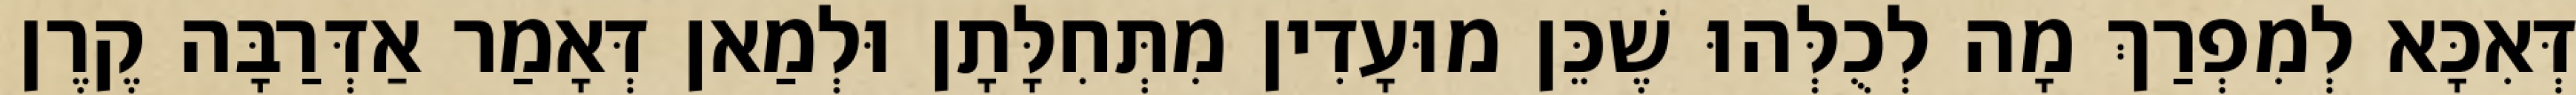
דְּאִכָּא לְמִפְרַךְ מָה לְכֻלְּהוּ שֶׁכֵּן מוּעָדִין מִתְּחִלָּתָן וּלְמַאן דְּאָמַר אַדְּרַבָּה קֶרֶן